Annual report of lunatic asylums [Bombay] - 1912-1922
Year: 1912
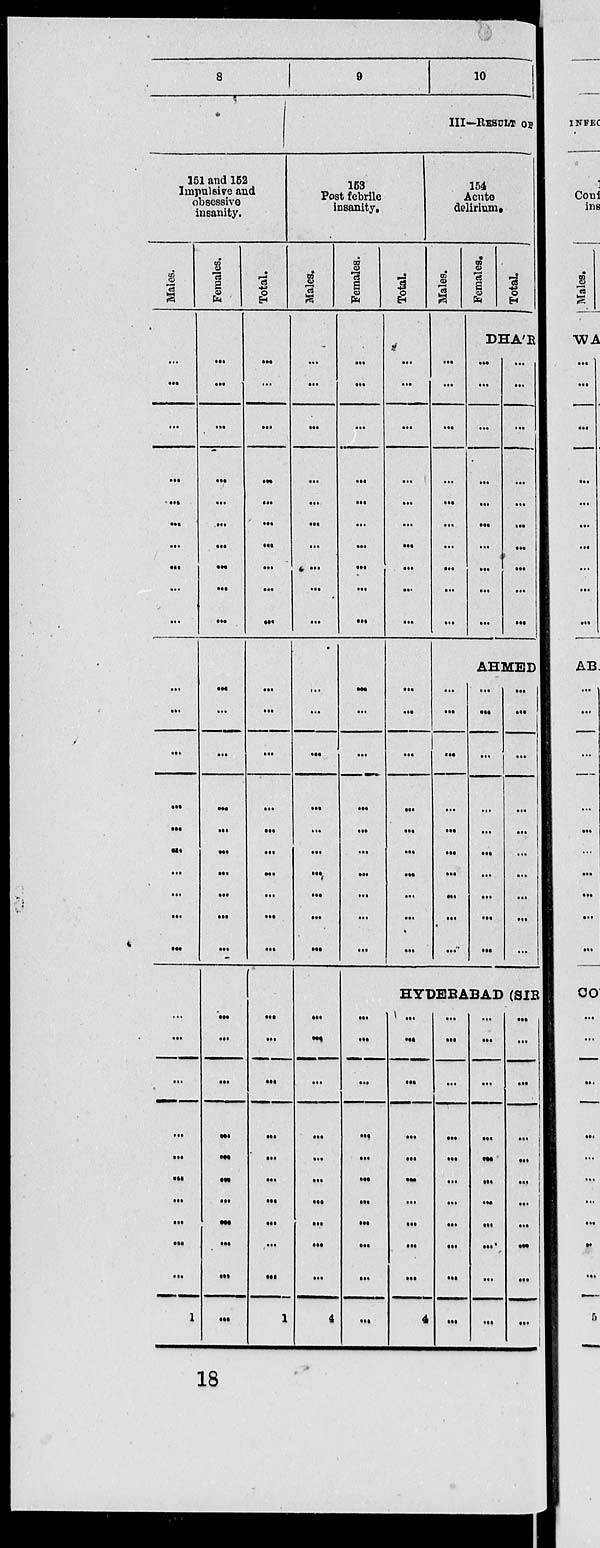
8
151 and 152
Impulsive and
obsessive
insanity.
Males.
...
...
...
...
...
...
...
...
...
...
...
...
...
...
...
...
...
...
...
...
...
...
...
...
...
...
...
...
...
...
1
Females.
...
...
...
...
...
...
...
...
...
...
...
...
...
...
...
...
...
...
...
...
...
...
...
...
...
...
...
...
...
...
...
Total.
...
...
...
...
...
...
...
...
...
...
...
...
...
...
...
...
...
...
...
...
...
...
...
...
...
...
...
...
...
...
1
9
10
III—RESULT OF
153
Post febrile
insanity.
Males.
...
...
...
...
...
...
...
...
...
...
...
...
...
...
...
...
...
...
...
...
...
...
...
...
...
...
...
...
...
...
4
Females.
...
...
...
...
...
...
...
...
...
...
...
...
...
...
...
...
...
...
...
...
Total.
...
...
...
...
...
...
...
...
...
...
...
...
...
...
...
...
...
...
...
...
154
Acute
delirium.
Males.
...
...
...
...
...
...
...
...
...
...
Females.
Total.
DHA'R
...
...
...
...
...
...
...
...
...
...
...
...
...
...
...
...
...
...
...
...
AHMED
...
...
...
...
...
...
...
...
...
...
...
...
...
...
...
...
...
...
...
...
...
...
...
...
...
...
...
...
...
...
HYDERABAD (SIR
...
...
...
...
...
...
...
...
...
...
...
...
...
...
...
...
...
...
...
...
...
4
...
...
...
...
...
...
...
...
...
...
...
...
...
...
...
...
...
...
...
...
...
...
...
...
...
...
...
...
...
...
...
...
...
18